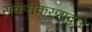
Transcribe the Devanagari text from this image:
संकरीकरणाद्वारे